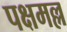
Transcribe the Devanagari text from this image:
पक्षमल्ल